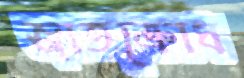
জাতক্রোধ